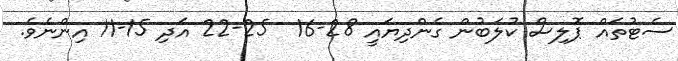
ސެޓުތައް ޕޮލިސް ކުލަބުން ގެންދިޔައީ 28-16  25-22 އަދި 15-11 އިންނެވެ.